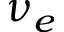
\nu _ { e }